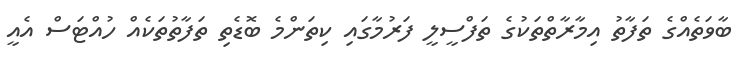
ބާވަތެއްގެ ތަފާތު އިމާރާތްތަކުގެ ތަފްސީލީ ފަރުމާގައި ކިތަންމެ ބޮޑެތި ތަފާތުތަކެއް ހުއްޓަސް އެއީ